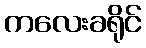
ကလေးခရိုင်